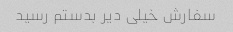
سفارش خیلی دیر بدستم رسید